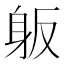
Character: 𰸺